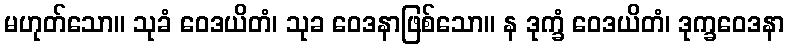
မဟုတ်သော။ သုခံ ဝေဒယိတံ၊ သုခ ဝေဒနာဖြစ်သော။ န ဒုက္ခံ ဝေဒယိတံ၊ ဒုက္ခဝေဒနာ